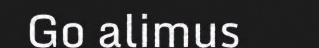
Go alimus